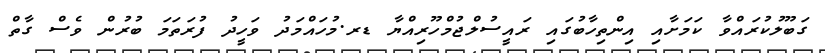
ގަބޫލުކުރައްވާ ކަމަށާއި އިންތިހާބުގައި ރައީސުލްޖުމްހޫރިއްޔާ ޑރ.މުހައްމަދު ވަހީދު ފުރަތަމަ ބުރުން ވެސް ގާތް